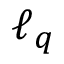
\ell _ { q }